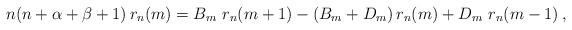
LaTeX: \begin{align*} n(n+\alpha+\beta+1)\, r_n(m)=B_m \ r_{n}(m+1) -(B_m+D_m )\, r_n(m)+ D_m\ r_n(m-1)\,,\end{align*}